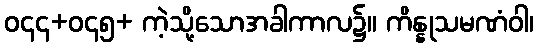
ဝ၄၄+ဝ၄၅+ ကဲ့သို့သောအခါကာလ၌။ ကိန္နုသမဏံဝါ၊